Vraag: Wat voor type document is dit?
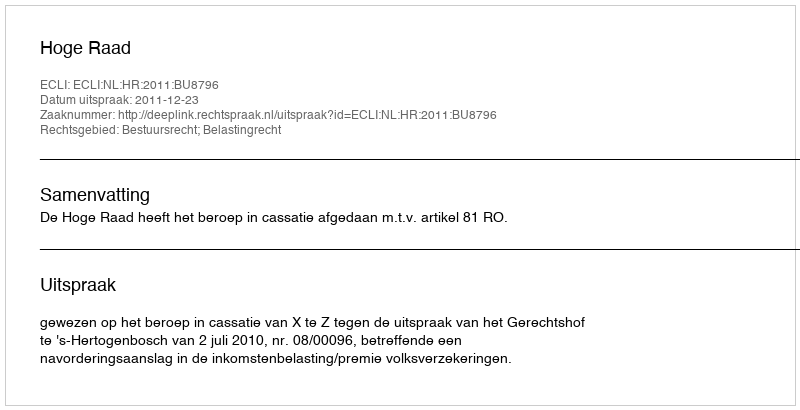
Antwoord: Uitspraak